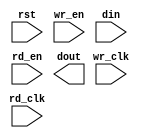
module fifo(
    input rst,
    input wr_clk,
    input wr_en,
    input [7:0] din,

    input rd_clk,
    input rd_en,
    output [7:0] dout
);



endmodule